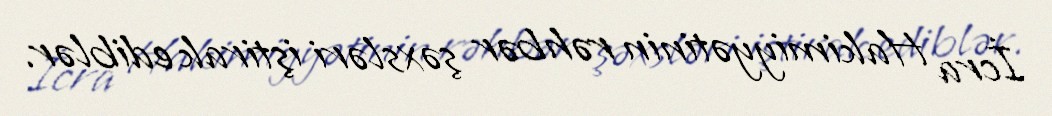
İcra Hakimiyyətinin rəhbər şəxsləri iştirak ediblər.